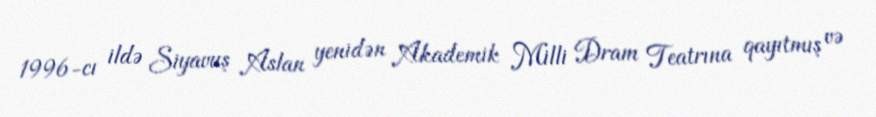
1996-cı ildə Siyavuş Aslan yenidən Akademik Milli Dram Teatrına qayıtmış və